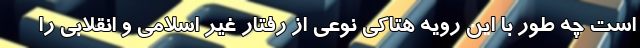
است چه طور با این رویه هتاکی نوعی از رفتار غیر اسلامی و انقلابی را